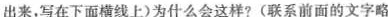
出来，写在下面横线上)为什么会这样?(联系前面的文字略